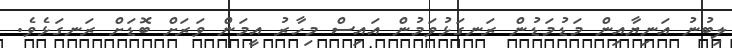
ލިބުނު އަނިޔާއިން މަޑުމަޑުން ރަނގަޅުވަމުން އައިސް މިހާރު އީމަން ވަރަށް ބޮޑަށް ރަނގަޅެވެ.